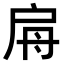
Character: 𢩀